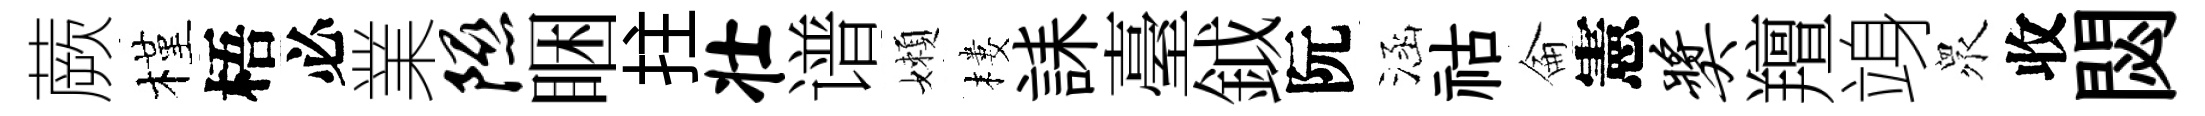
蕨槿梧必業隰睏拄壮谱嬾樓誄臺鉞阮涵祜侖憲奖羶竧衆收閟